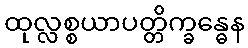
ထုလ္လစ္စယာပတ္တိက္ခန္ဓေန